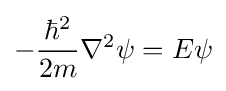
-{\frac {\hbar ^{2}}{2m}}\nabla ^{2}\psi =E\psi